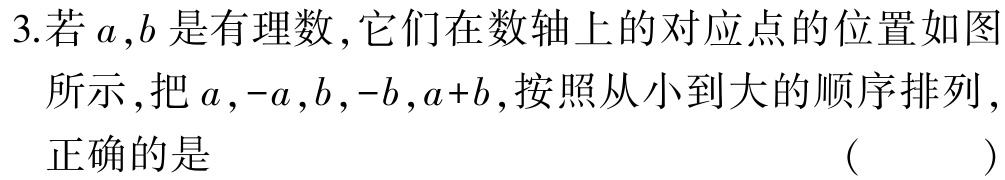
3.若\(a,b\)是有理数,它们在数轴上的对应点的位置如图所示,把\(a,-a,b,-b,a + b\),按照从小到大的顺序排列,正确的是 （  ）